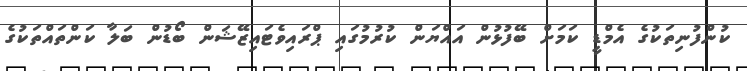
ކުންފުނިތަކުގެ އެމްޑީ ކަމަށް ބޭފުޅުން އައްޔަން ކުރުމުގައި ޕްރައިވެޓައިޒޭޝަން ބޯޑުން ބަލާ ކަންތައްތަކުގެ